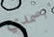
اصمدي